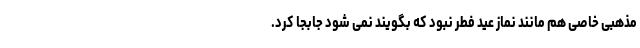
مذهبی خاصی هم مانند نماز عید فطر نبود که بگویند نمی شود جابجا کرد.